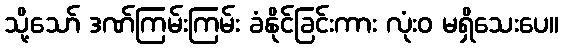
သို့သော် ဒဏ်ကြမ်းကြမ်း ခံနိုင်ခြင်းကား လုံးဝ မရှိသေးပေ။